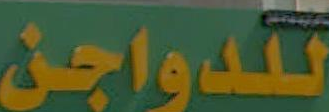
للدواجن